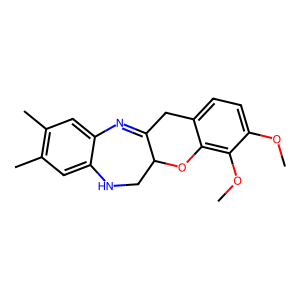
SMILES: COc1ccc2c(c1OC)OC1CNc3cc(C)c(C)cc3N=C1C2
Inhibits HIV replication: No